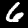
Label: 6